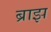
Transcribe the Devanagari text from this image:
ब्राझ